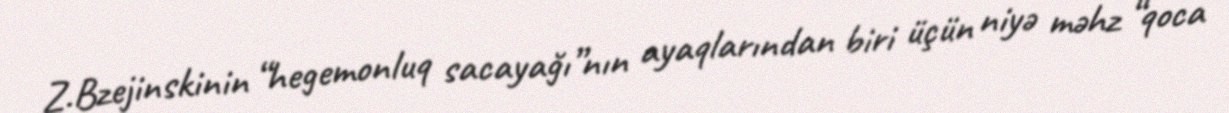
Z.Bzejinskinin “hegemonluq sacayağı”nın ayaqlarından biri üçün niyə məhz “qoca